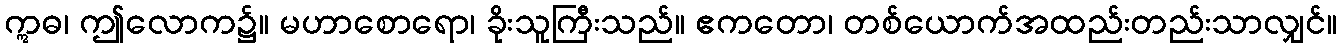
ဣဓ၊ ဤလောက၌။ မဟာစောရော၊ ခိုးသူကြီးသည်။ ဧကတော၊ တစ်ယောက်အထည်းတည်းသာလျှင်။